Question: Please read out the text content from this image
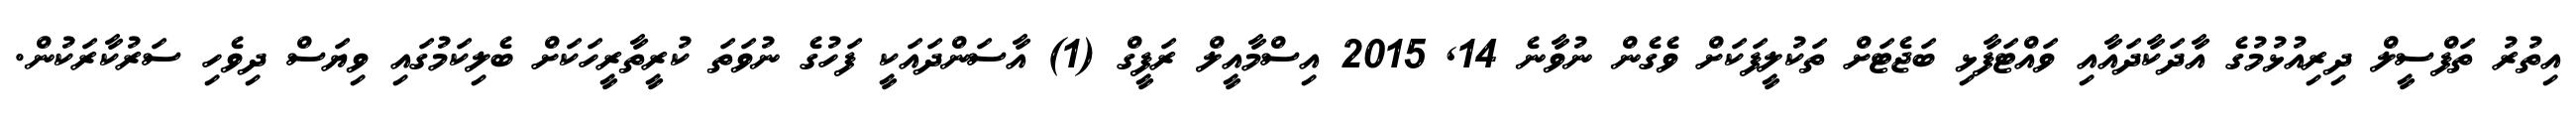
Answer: އިތުރު ތަފްސީލް ދިރިއުޅުމުގެ އާދަކާދައާއި ވައްޓަފާޅި ބަޖެޓަށް ތަކުލީފަކަށް ވެގެން ނުވާނެ 14, 2015 އިސްމާއީލް ރަފީގް (1) އާސަންދައަކީ ފަހުގެ ނުވަތަ ކުރީތާރީހަކަށް ބެލިކަމުގައި ވިޔަސް ދިވެހި ސަރުކާރަކުން.